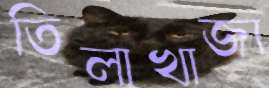
তিলাখাজা